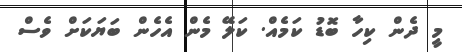
މީ ދެން ކިހާ ބޮޑު ކަމެއް. ކަލޭ މެން އެހެން ބަޔަކަށް ވެސް